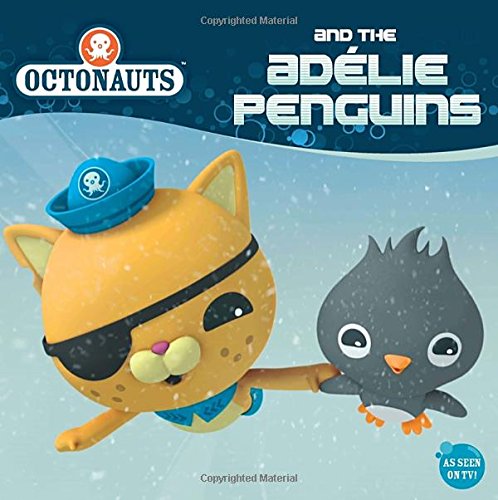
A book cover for Octonauts and the Adelie Penguins; Grosset & Dunlap; Children's Books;